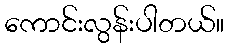
ကောင်းလွန်းပါတယ်။